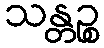
သန္တဉ္စ